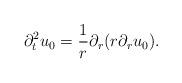
LaTeX: \begin{align*}\partial^{2}_tu_0=\frac{1}{r}\partial_{r}(r\partial_ru_0).\end{align*}